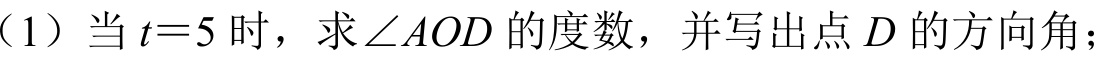
（1）当\(t = 5\)时，求\(\angle AOD\)的度数，并写出点\(D\)的方向角；